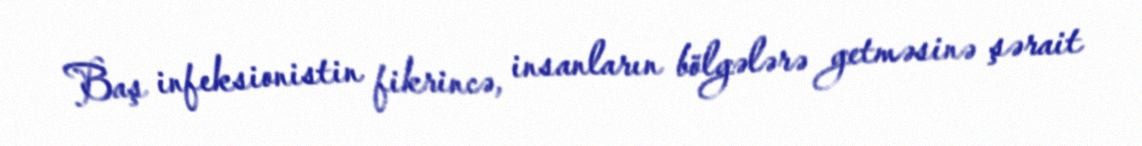
Baş infeksionistin fikrincə, insanların bölgələrə getməsinə şərait